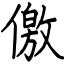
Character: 儌